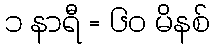
၁ နာရီ = ၆၀ မိနစ်